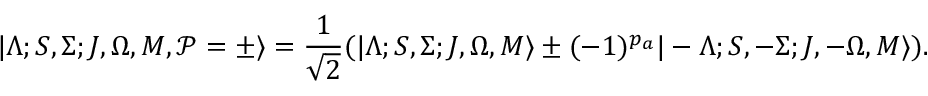
| \Lambda ; S , \Sigma ; J , \Omega , M , \mathcal { P } = \pm \rangle = \frac { 1 } { \sqrt { 2 } } ( | \Lambda ; S , \Sigma ; J , \Omega , M \rangle \pm ( - 1 ) ^ { p _ { a } } | - \Lambda ; S , - \Sigma ; J , - \Omega , M \rangle ) .